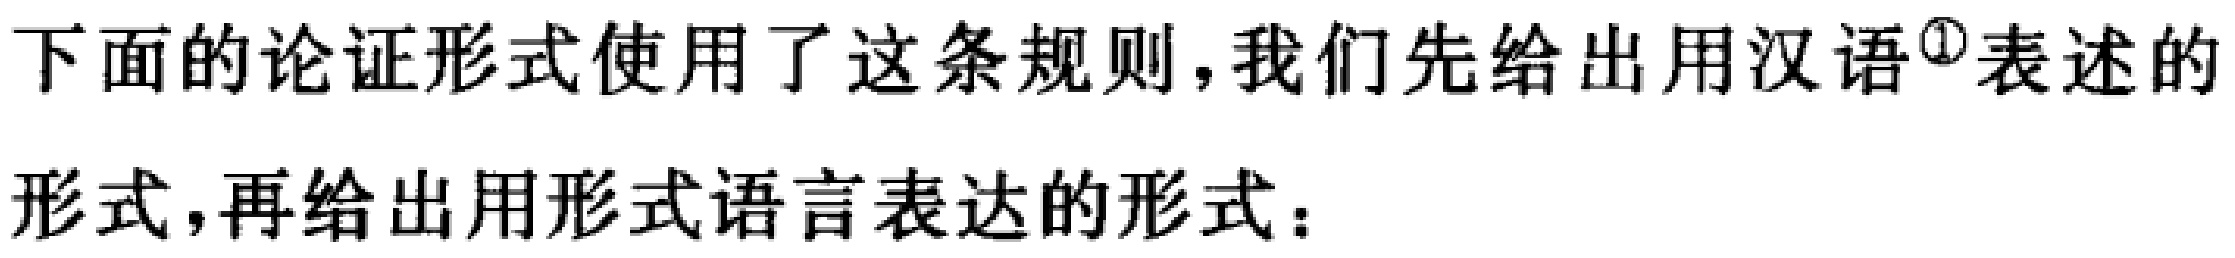
下面的论证形式使用了这条规则，我们先给出用汉语\textsuperscript{\textcircled{1}}表述的形式，再给出用形式语言表达的形式：